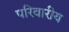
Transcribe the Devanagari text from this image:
परिवारीय